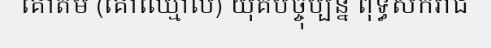
គោតម (គោឈ្មោល) យុគបច្ចុប្បន្ន ពុទ្ធសករាជ